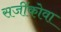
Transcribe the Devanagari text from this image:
सजींकोवा